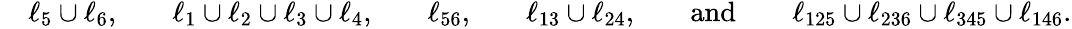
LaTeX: \begin{array}{rlrlrlrlrlrl}&{\ell_{5}\cup\ell_{6},}&&{\ell_{1}\cup\ell_{2}\cup\ell_{3}\cup\ell_{4},}&&{\ell_{56},}&&{\ell_{13}\cup\ell_{24},}&&{\mathrm{and}}&&{\ell_{125}\cup\ell_{236}\cup\ell_{345}\cup\ell_{146}.}\end{array}